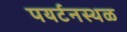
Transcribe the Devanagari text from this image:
पयर्टनस्थळ